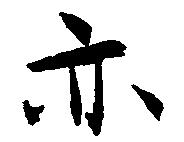
亦